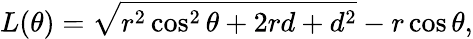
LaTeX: L(\theta)=\sqrt{r^{2}\cos^{2}\theta+2rd+d^{2}}-r\cos\theta,